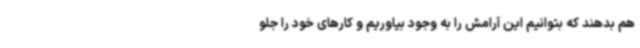
هم بدهند که بتوانیم این آرامش را به وجود بیاوریم و کارهای خود را جلو